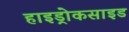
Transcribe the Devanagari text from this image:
हाइड्रोकसाइड